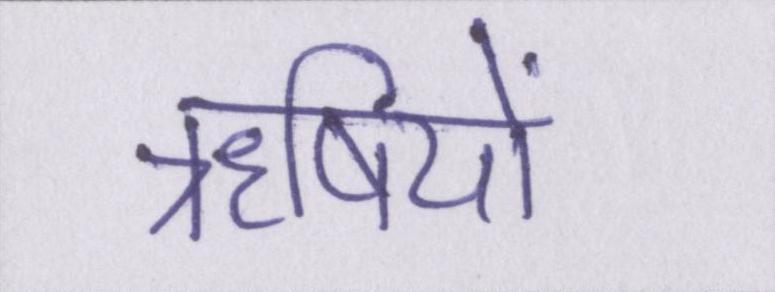
ॠषियों